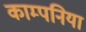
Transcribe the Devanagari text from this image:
काम्पनिया